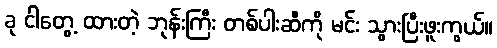
ခု ငါတွေ့ ထားတဲ့ ဘုန်းကြီး တစ်ပါးဆီကို မင်း သွားပြီးဖူးကွယ်။